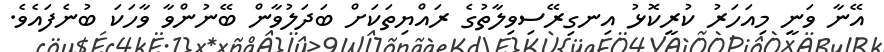
އޭނާ ވަނީ މިއަހަރު ކުރީކޮޅު އިނގިރޭސިވިލާތުގެ ރައްޔިތަކަށް ބަދަލުވާން ބޭނުންވާ ވާހަކަ ބުނެފައެވެ.